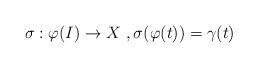
LaTeX: \begin{align*}\sigma: \varphi(I) \to X\ ,\sigma(\varphi(t))=\gamma(t)\end{align*}